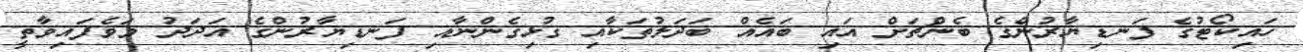
ހައިކޯޓުގެ ފަނޑިޔާރުންގެ ބެންޗަށް އައި ބައެއް ބަދަލުތަކާއި ގުޅިގެންނާއި ފަނޑިޔާރުންގެ އަދަދު މަވެފައިވާތީ